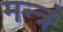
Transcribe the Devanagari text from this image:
मन्‍त्रं